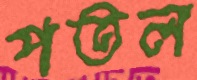
পতল